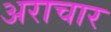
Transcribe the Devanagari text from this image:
अराचार